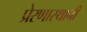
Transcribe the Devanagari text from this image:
प्रेरणास्थानी